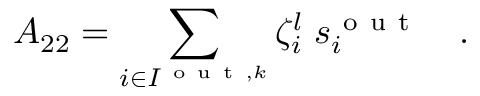
A _ { 2 2 } = \sum _ { i \in I ^ { \mathrm { ~ o ~ u ~ t ~ } , k } } \zeta _ { i } ^ { l } \; s _ { i } ^ { \mathrm { ~ o ~ u ~ t ~ } } \quad .